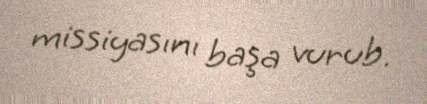
missiyasını başa vurub.